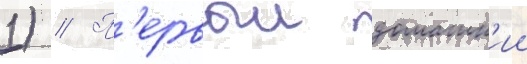
1) // П'ервыи домашн'ии